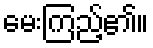
မေးကြည့်၏။